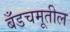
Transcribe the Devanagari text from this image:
बँडचमूतील